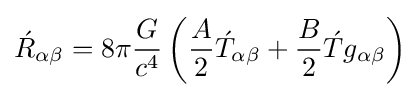
{\acute {R}}_{\alpha \beta }=8\pi {G \over {c^{4}}}\left({A \over 2}{\acute {T}}_{\alpha \beta }+{B \over 2}{\acute {T}}g_{\alpha \beta }\right)